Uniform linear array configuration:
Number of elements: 24
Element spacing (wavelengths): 0.75
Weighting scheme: blackman
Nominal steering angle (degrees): -30
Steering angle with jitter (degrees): -31.253
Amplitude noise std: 0.05
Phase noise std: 0.05

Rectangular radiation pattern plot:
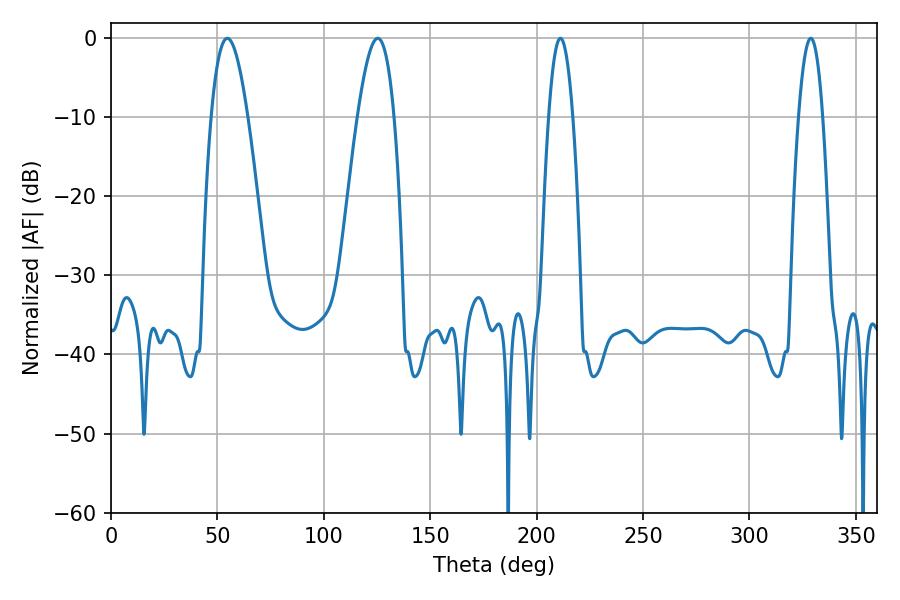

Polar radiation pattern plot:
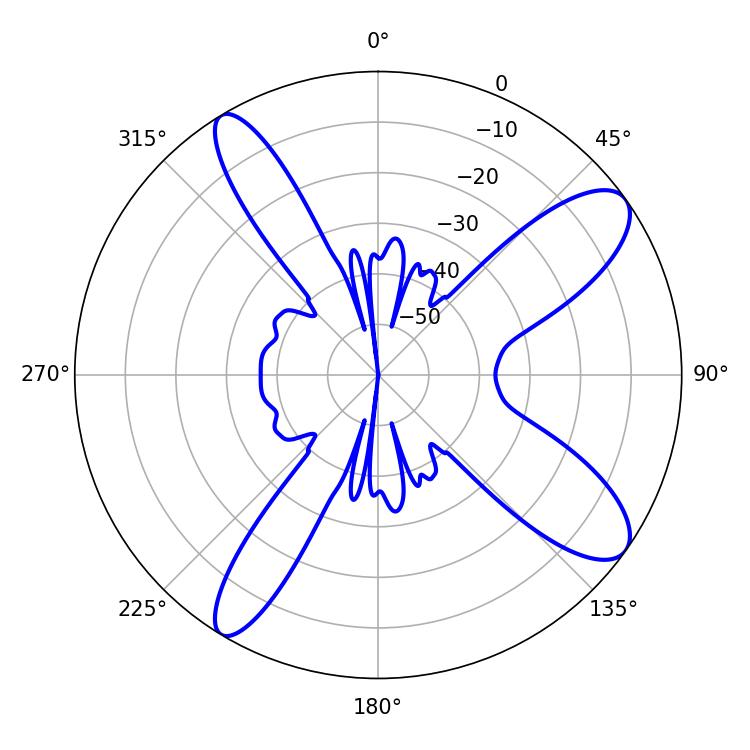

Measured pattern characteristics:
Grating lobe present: TRUE
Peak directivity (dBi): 10.743
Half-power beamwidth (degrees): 6.3
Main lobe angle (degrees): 211.14